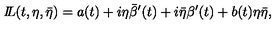
{ I \! \! L } ( t , \eta , \bar { \eta } ) = a ( t ) + i \eta \bar { \beta } ^ { \prime } ( t ) + i \bar { \eta } \beta ^ { \prime } ( t ) + b ( t ) \eta \bar { \eta } ,